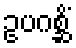
ဥပဂစ္ဆိံ